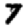
Digit: 7